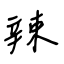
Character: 辣